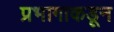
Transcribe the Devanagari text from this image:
प्रभागाकडून